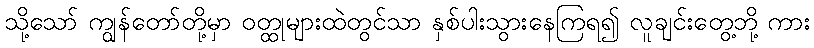
သို့သော် ကျွန်တော်တို့မှာ ဝတ္ထုများထဲတွင်သာ နှစ်ပါးသွားနေကြရ၍ လူချင်းတွေ့ဘို့ ကား